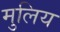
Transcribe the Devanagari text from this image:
मुलिय